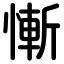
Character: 慚